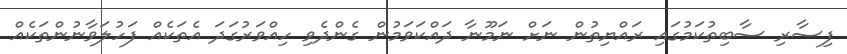
ފިސާރި ސާބިތުކަމުގައި ރައްޔިތުން ނަށް ނަމޫނާ ދައްކަވަމުން ގެންދެވި ހިއްވަރުގަދަ އެތަކެއް ފަހުލަވާނުންތަކެއް